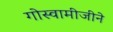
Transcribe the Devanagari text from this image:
गोस्वामीजीने